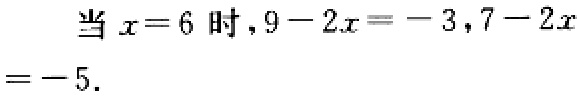
当 \(x = 6\) 时，\(9 - 2x = - 3\)，\(7 - 2x=- 5\).